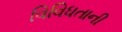
વિવિધતાની